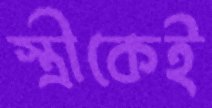
স্ত্রীকেই